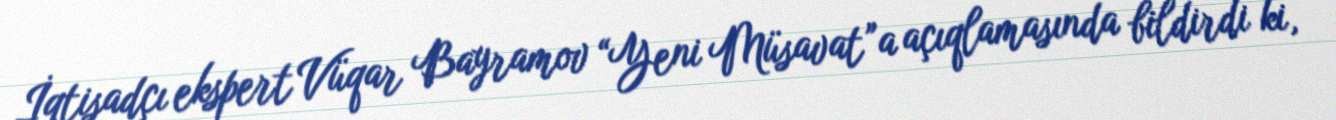
İqtisadçı ekspert Vüqar Bayramov “Yeni Müsavat”a açıqlamasında bildirdi ki,